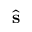
\hat { \mathbf { s } }